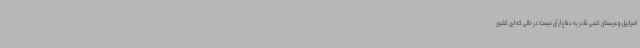
اسراییل و عربستان کسی قادر به دفاع از آن نیست؛ در حالی که این کشور